Scottish Leaving Certificate Examination, 1959
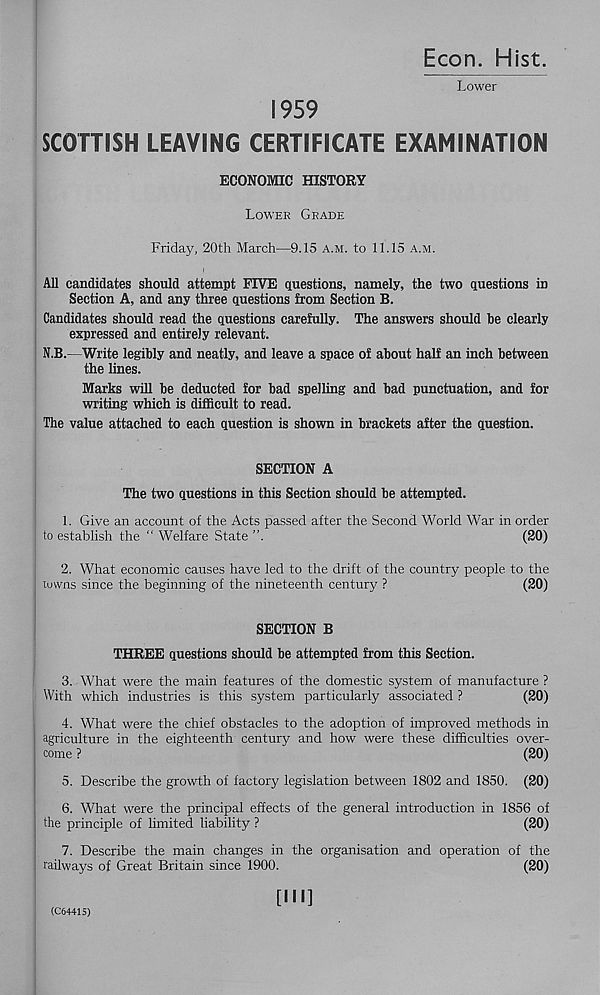
Econ. Hist.
Lower
1959
SCOTTISH LEAVING CERTIFICATE EXAMINATION
ECONOMIC HISTORY
Lower Grade
Friday, 20th March—9.15 a.m. to 11.15 a.m.
All candidates should attempt FIVE questions, namely, the two questions in
Section A, and any three questions from Section B.
Candidates should read the questions carefully. The answers should be clearly
expressed and entirely relevant.
N.B.—Write legibly and neatly, and leave a space of about half an inch between
the lines.
Marks will be deducted for bad spelling and bad punctuation, and for
writing which is difficult to read.
The value attached to each question is shown in brackets after the question.
SECTION A
The two questions in this Section should be attempted.
1. Give an account of the Acts passed after the Second World War in order
to establish the “ Welfare State ”.
(20)
2. What economic causes have led to the drift of the country people to the
luwns since the beginning of the nineteenth century ?
(20)
SECTION B
THREE questions should be attempted from this Section.
3. What were the main features of the domestic system of manufacture ?
With which industries is this system particularly associated ?
(20)
4. What were the chief obstacles to the adoption of improved methods in
agriculture in the eighteenth century and how were these difficulties over-
come ?
(20)
5. Describe the growth of factory legislation between 1802 and 1850. (20)
6. What were the principal effects of the general introduction in 1856 of
the principle of limited liability ?
(20)
7. Describe the main changes in the organisation and operation of the
railways of Great Britain since 1900.
(20)
[III]
(C64415)